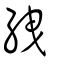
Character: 絏